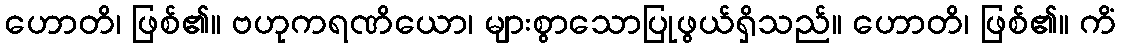
ဟောတိ၊ ဖြစ်၏။ ဗဟုကရဏိယော၊ များစွာသောပြုဖွယ်ရှိသည်။ ဟောတိ၊ ဖြစ်၏။ ကိံ